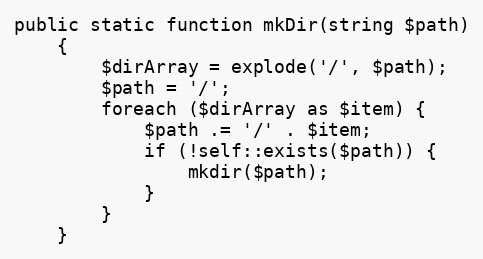
Language: PHP
public static function mkDir(string $path)
    {
        $dirArray = explode('/', $path);
        $path = '/';
        foreach ($dirArray as $item) {
            $path .= '/' . $item;
            if (!self::exists($path)) {
                mkdir($path);
            }
        }
    }